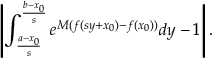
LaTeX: \left| \int _ { \frac { a - x _ { 0 } } { s } } ^ { \frac { b - x _ { 0 } } { s } } e ^ { M ( f ( s y + x _ { 0 } ) - f ( x _ { 0 } ) ) } d y - 1 \right| .